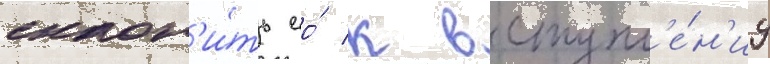
склон'и́ть ео́ к вступл'е́н'иу